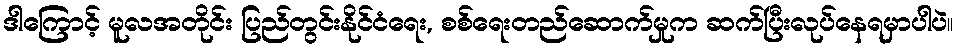
ဒါကြောင့် မူလအတိုင်း ပြည်တွင်းနိုင်ငံရေး, စစ်ရေးတည်ဆောက်မှုက ဆက်ပြီးလုပ်နေရမှာပါပဲ။